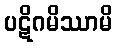
ပဋိဂမိဿာမိ